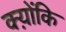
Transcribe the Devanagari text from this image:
क्य़ोंकि